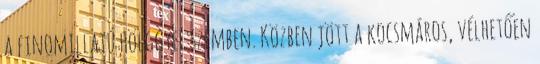
a finomillatú hölggyel szemben. Közben jött a kocsmáros, vélhetően